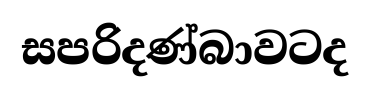
සපරිදණ්බාවටද